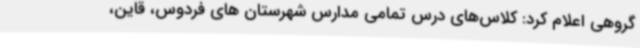
گروهی اعلام کرد: کلاس‌های درس تمامی مدارس شهرستان های فردوس، قاین،